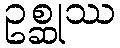
ဥစ္ဆုဿ